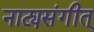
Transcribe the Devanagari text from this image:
नाट्यसंगीत्